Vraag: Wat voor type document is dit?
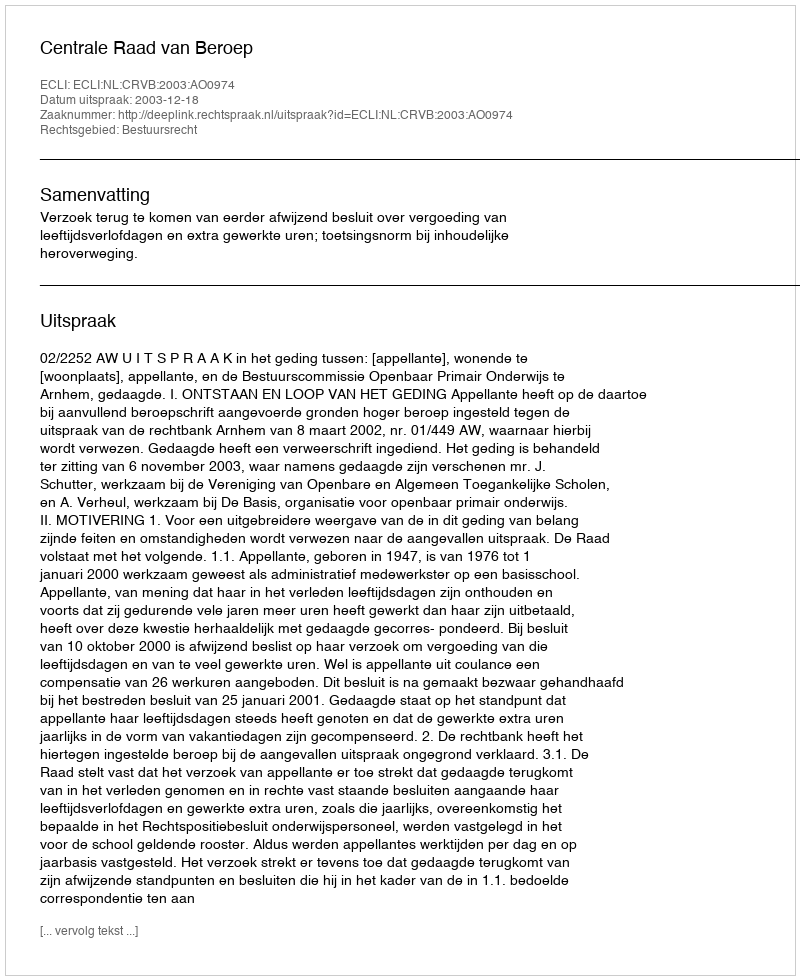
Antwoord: Uitspraak